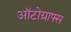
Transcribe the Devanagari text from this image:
ऑटोग्राफ्स